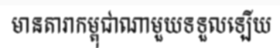
មានតារាកម្ពុជាណាមួយទទួលឡើយ